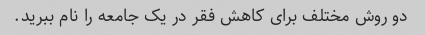
دو روش مختلف برای کاهش فقر در یک جامعه را نام ببرید.